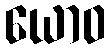
ယောဝ